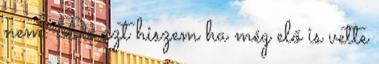
nem. De azt hiszem ha még elő is vette